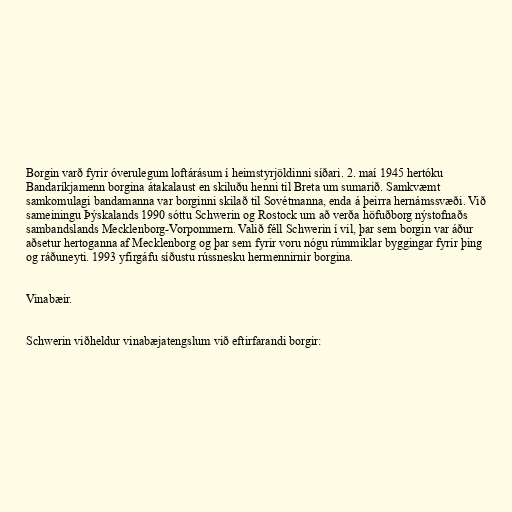
Borgin varð fyrir óverulegum loftárásum í heimstyrjöldinni síðari. 2. maí 1945 hertóku
Bandaríkjamenn borgina átakalaust en skiluðu henni til Breta um sumarið. Samkvæmt
samkomulagi bandamanna var borginni skilað til Sovétmanna, enda á þeirra hernámssvæði. Við
sameiningu Þýskalands 1990 sóttu Schwerin og Rostock um að verða höfuðborg nýstofnaðs
sambandslands Mecklenborg-Vorpommern. Valið féll Schwerin í vil, þar sem borgin var áður
aðsetur hertoganna af Mecklenborg og þar sem fyrir voru nógu rúmmiklar byggingar fyrir þing
og ráðuneyti. 1993 yfirgáfu síðustu rússnesku hermennirnir borgina.

Vinabæir.

Schwerin viðheldur vinabæjatengslum við eftirfarandi borgir: